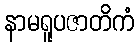
နာမရူပဇာတိကံ